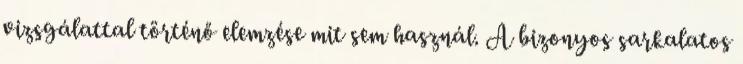
vizsgálattal történő elemzése mit sem használ. A bizonyos sarkalatos